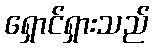
ရှောင်ရှားသည်